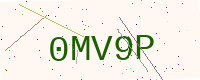
Text: 0MV9P